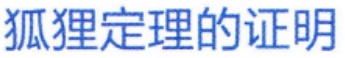
狐狸定理的证明